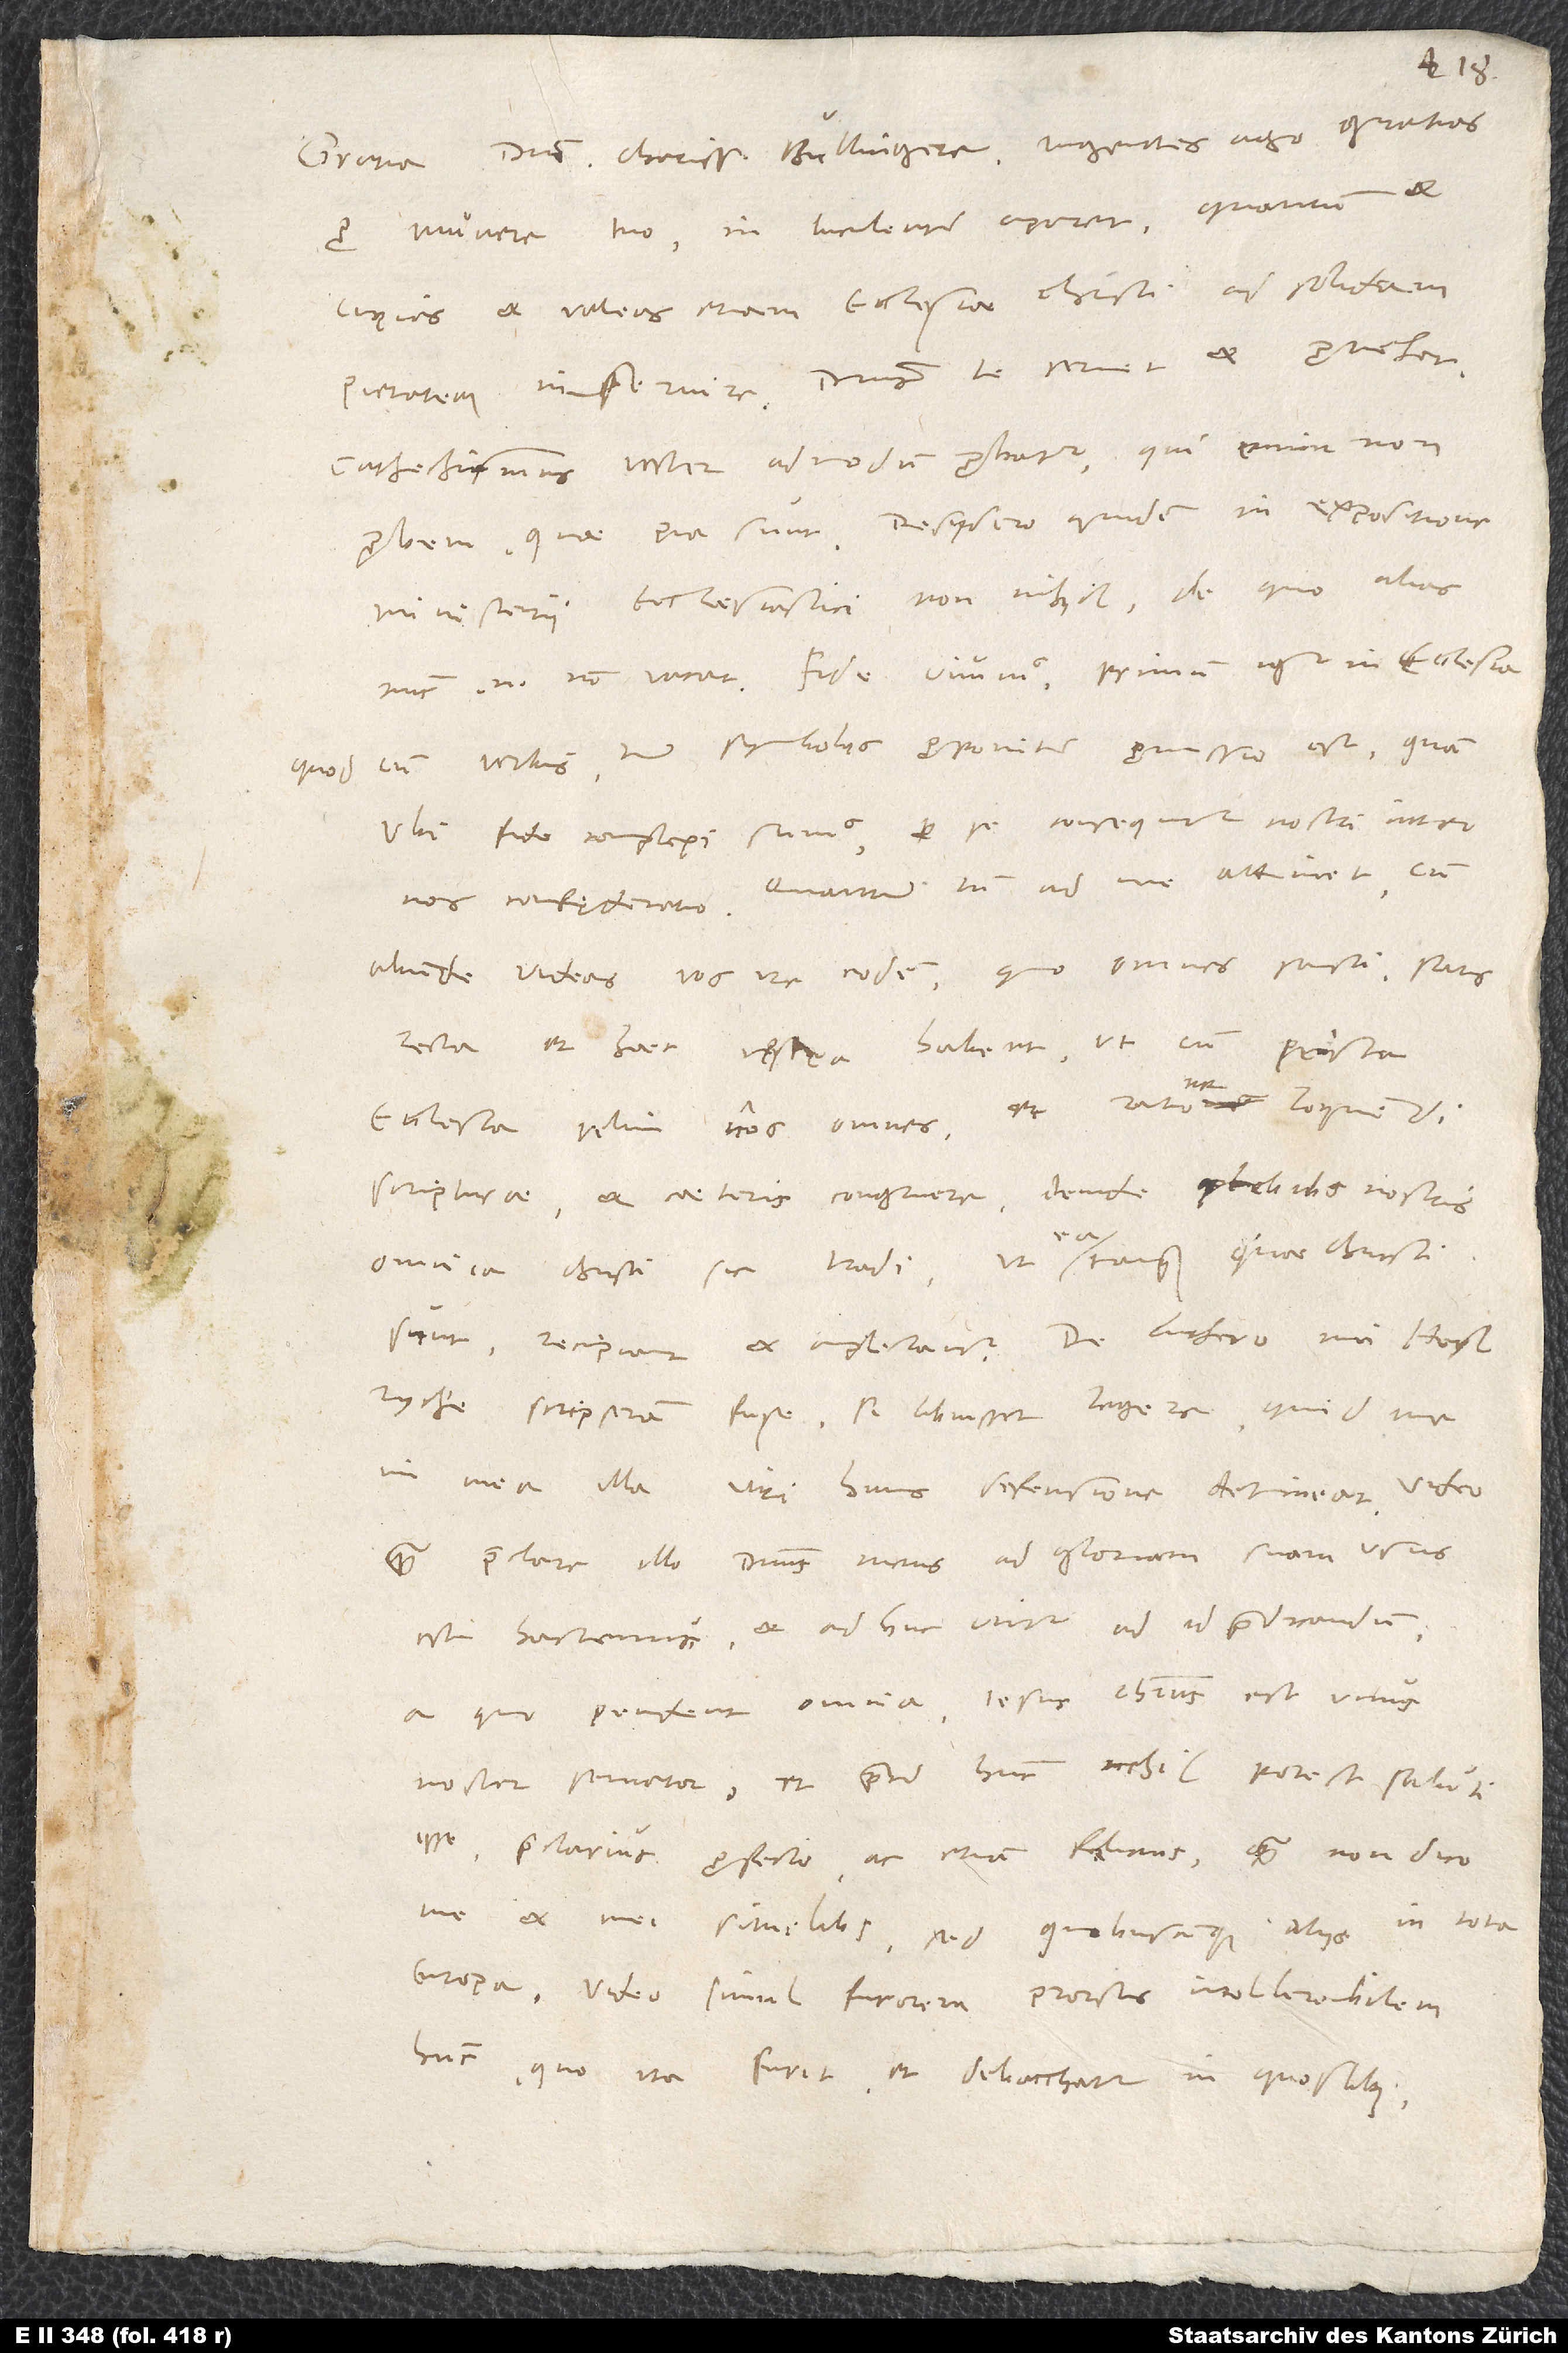
pro munere tuo. Mihi luculenter aparet, quantum et
cupias et valeas etiam ecclesiae Christi ad solidam
pietatem inservire. Dominus te servet et provehat.
Catechismus vester admodum probatur. Qui enim non
probem, quae pia sunt? Desydero quidem in expositione
ministerii ecclesiastici non nihil, de quo alias.
Nunc enim non vacat. Fide vivimus. Primum igitur in ecclesia,
quod cum verbis tum symbolis proponitur, promissio est, quam
ubi fide complexi sumus, per se consequitur nostri inter
nos confęderatio. Quantum tamen ad me attinet, cum
abunde videas vos ire eodem, quo omnes sancti, satis
recta et haec vestra habent, ut cum prisca
ecclesia velim nos omnes et ratione loquendi
scripturae et caeteris congruere, deinde plebibus nostris
omnia Christi sic tradi, ut ea, tanquam quae Christi
Heylryche, scripseram fuse, si libuisset legere, quid me
in mea illa viri huius defensione detineat. Video,
quam praeclare illo dominus meus ad gloriam suam usus
est hactenus et adhuc utitur ad id praedicandum,
a quo pendent omnia: «Iesus Christus est unus
noster servator, et praeter hunc nihil potest saluti
esse», praeclarius profecto ac etiam felicius quam non dico
me et mei similibus, sed quibuscunque aliis in tota
Europa. Video simul furorem prorsus intollerabilem
hunc, quo ita furit et debacchatur in quoslibet,